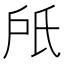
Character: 𣱆